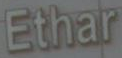
Ethar